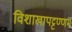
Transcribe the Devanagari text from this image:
विशाखापट्टण्णम